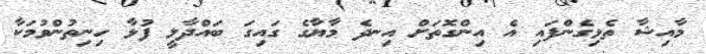
މާއިޝާ ތެޅިގެންފައި އެ އިންގޮތަށް އިނދެ މާޔާގެ ގައިގަ ބައްދާލީ ފުޅާ ހިނިތުންވުމަކާ